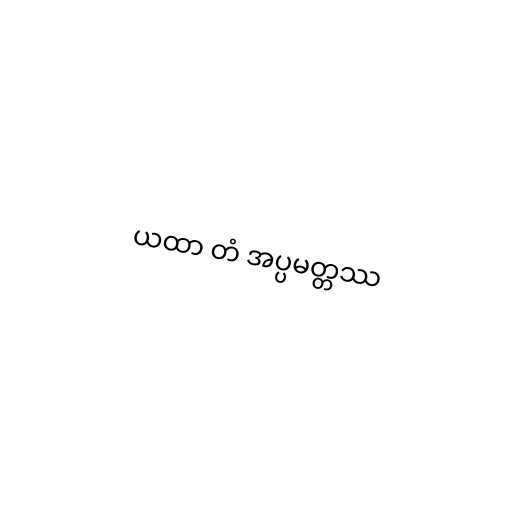
ယထာ တံ အပ္ပမတ္တဿ